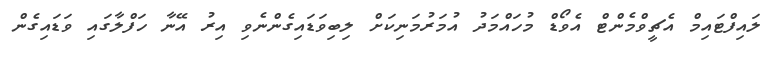
ލައިފްޓައިމް އެޗީވްމެންޓް އެވޯޑް މުހައްމަދު އުމަރުމަނިކަށް ލިބިވަޑައިގެންނެވި އިރު އޭނާ ހަފްލާގައި ވަޑައިގެން